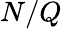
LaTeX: N/Q